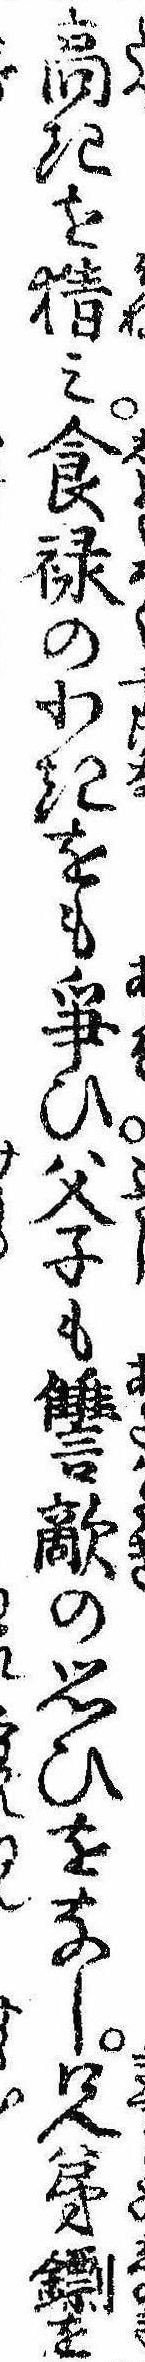
高きを猜み食禄の少きをも争ひ父子も讐敵の思ひをなし兄弟を